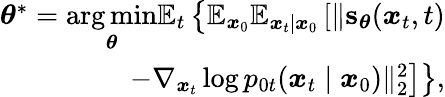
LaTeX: \begin{array}{r}{\boldsymbol{\theta}^{*}=\underset{\boldsymbol{\theta}}{\arg\operatorname*{min}}\mathbb{E}_{t}\left\{ \mathbb{E}_{\boldsymbol{x}_{0}}\mathbb{E}_{\boldsymbol{x}_{t}|\boldsymbol{x}_{0}}\left[\| \mathbf{s}_{\boldsymbol{\theta}}(\boldsymbol{x}_{t},t)\right.\right.}\\ {\left.\left.-\nabla_{\boldsymbol{x}_{t}}\log p_{0t}(\boldsymbol{x}_{t}\mid\boldsymbol{x}_{0})\| _{2}^{2}\right]\right\} ,}\end{array}